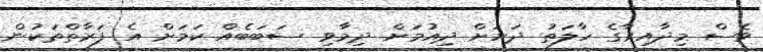
ވެސް މިދާއިރާގެ ހާލަތު ދަށަށް ދިއުމަށް ދިމާވި ސަބަބެއް ކަމަށް އެ ފަރާތްތަކުން